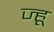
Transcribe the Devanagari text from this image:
ज्हू